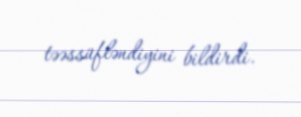
təəssüfləndiyini bildirdi.